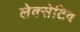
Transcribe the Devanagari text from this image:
लेक्सेटिव